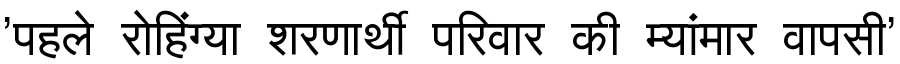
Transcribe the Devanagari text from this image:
'पहले रोहिंग्या शरणार्थी परिवार की म्यांमार वापसी'